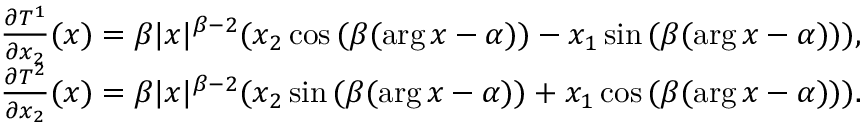
\begin{array} { r } { \frac { \partial T ^ { 1 } } { \partial x _ { 2 } } ( x ) = \beta | x | ^ { \beta - 2 } ( x _ { 2 } \cos { ( \beta ( \arg x - \alpha ) ) } - x _ { 1 } \sin { ( \beta ( \arg x - \alpha ) ) } ) , } \\ { \frac { \partial T ^ { 2 } } { \partial x _ { 2 } } ( x ) = \beta | x | ^ { \beta - 2 } ( x _ { 2 } \sin { ( \beta ( \arg x - \alpha ) ) } + x _ { 1 } \cos { ( \beta ( \arg x - \alpha ) ) } ) . } \end{array}